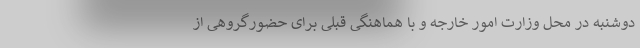
دوشنبه در محل وزارت امور خارجه و با هماهنگی قبلی برای حضورگروهی از